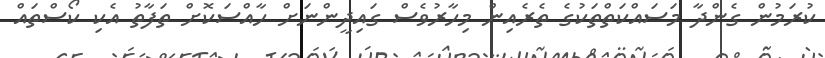
ކުރަމުން ގެންދާ މަސައްކަތްތަކުގެ ތެރެއިން މިހާރުވެސް ގައިދީންނަށް ހާއްސަކޮށް ތަފާތު އެކި ކޯސްތައް